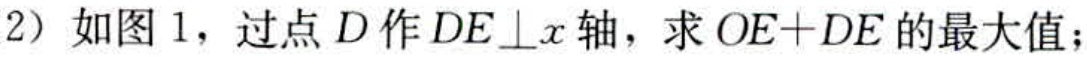
(2) 如图 1，过点 \(D\) 作 \(DE\perp x\) 轴，求 \(OE + DE\) 的最大值；